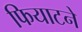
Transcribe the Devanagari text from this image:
फियाटने